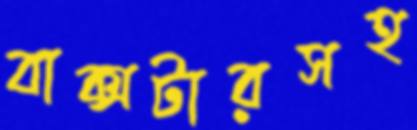
বাক্সটারসহ